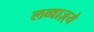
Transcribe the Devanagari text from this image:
लव्वाज़्ये